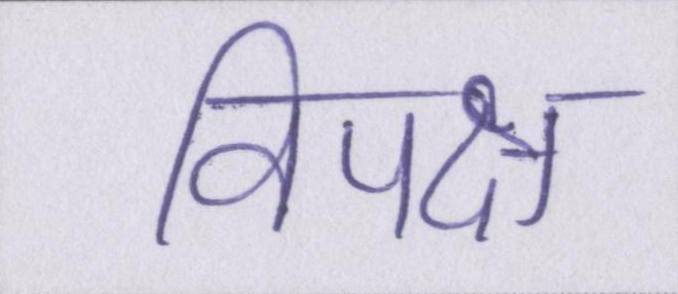
विपक्ष